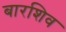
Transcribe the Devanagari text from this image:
बारशिव